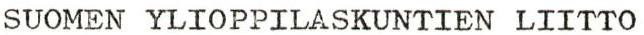
SUOMEN YLIOPPILASKUNTIEN LIITTO